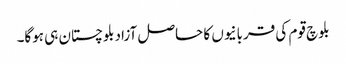
بلوچ قوم کی قربانیوں کا حاصل آزادبلوچستان ہی ہوگا۔